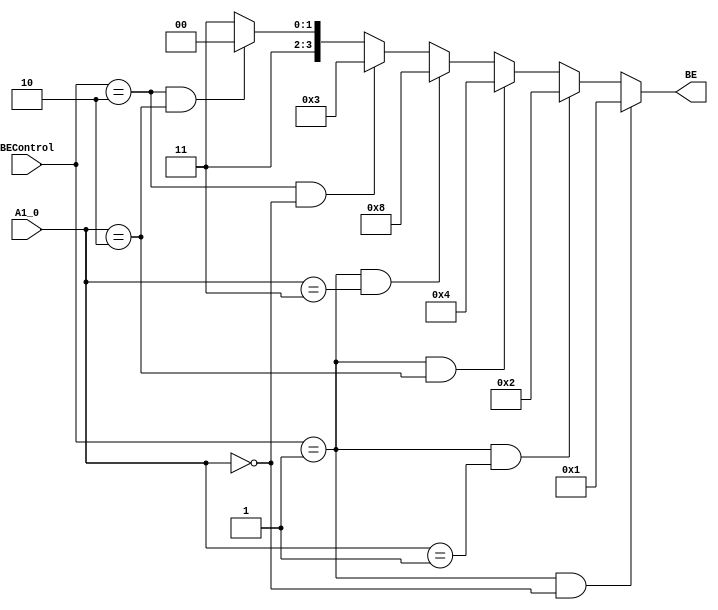
module Byte_Entry_Unit(
    input [1:0] A1_0,
    input [1:0] BEControl,
    output [3:0] BE
    );
	assign BE = (BEControl==2'b01 && A1_0==2'b00) ? 4'b0001 : // 01: 
					(BEControl==2'b01 && A1_0==2'b01) ? 4'b0010 :
					(BEControl==2'b01 && A1_0==2'b10) ? 4'b0100 :
					(BEControl==2'b01 && A1_0==2'b11) ? 4'b1000 :
					(BEControl==2'b10 && A1_0==2'b00) ? 4'b0011 : // 10: 
					(BEControl==2'b10 && A1_0==2'b10) ? 4'b1100 : 
					4'b1111;
endmodule